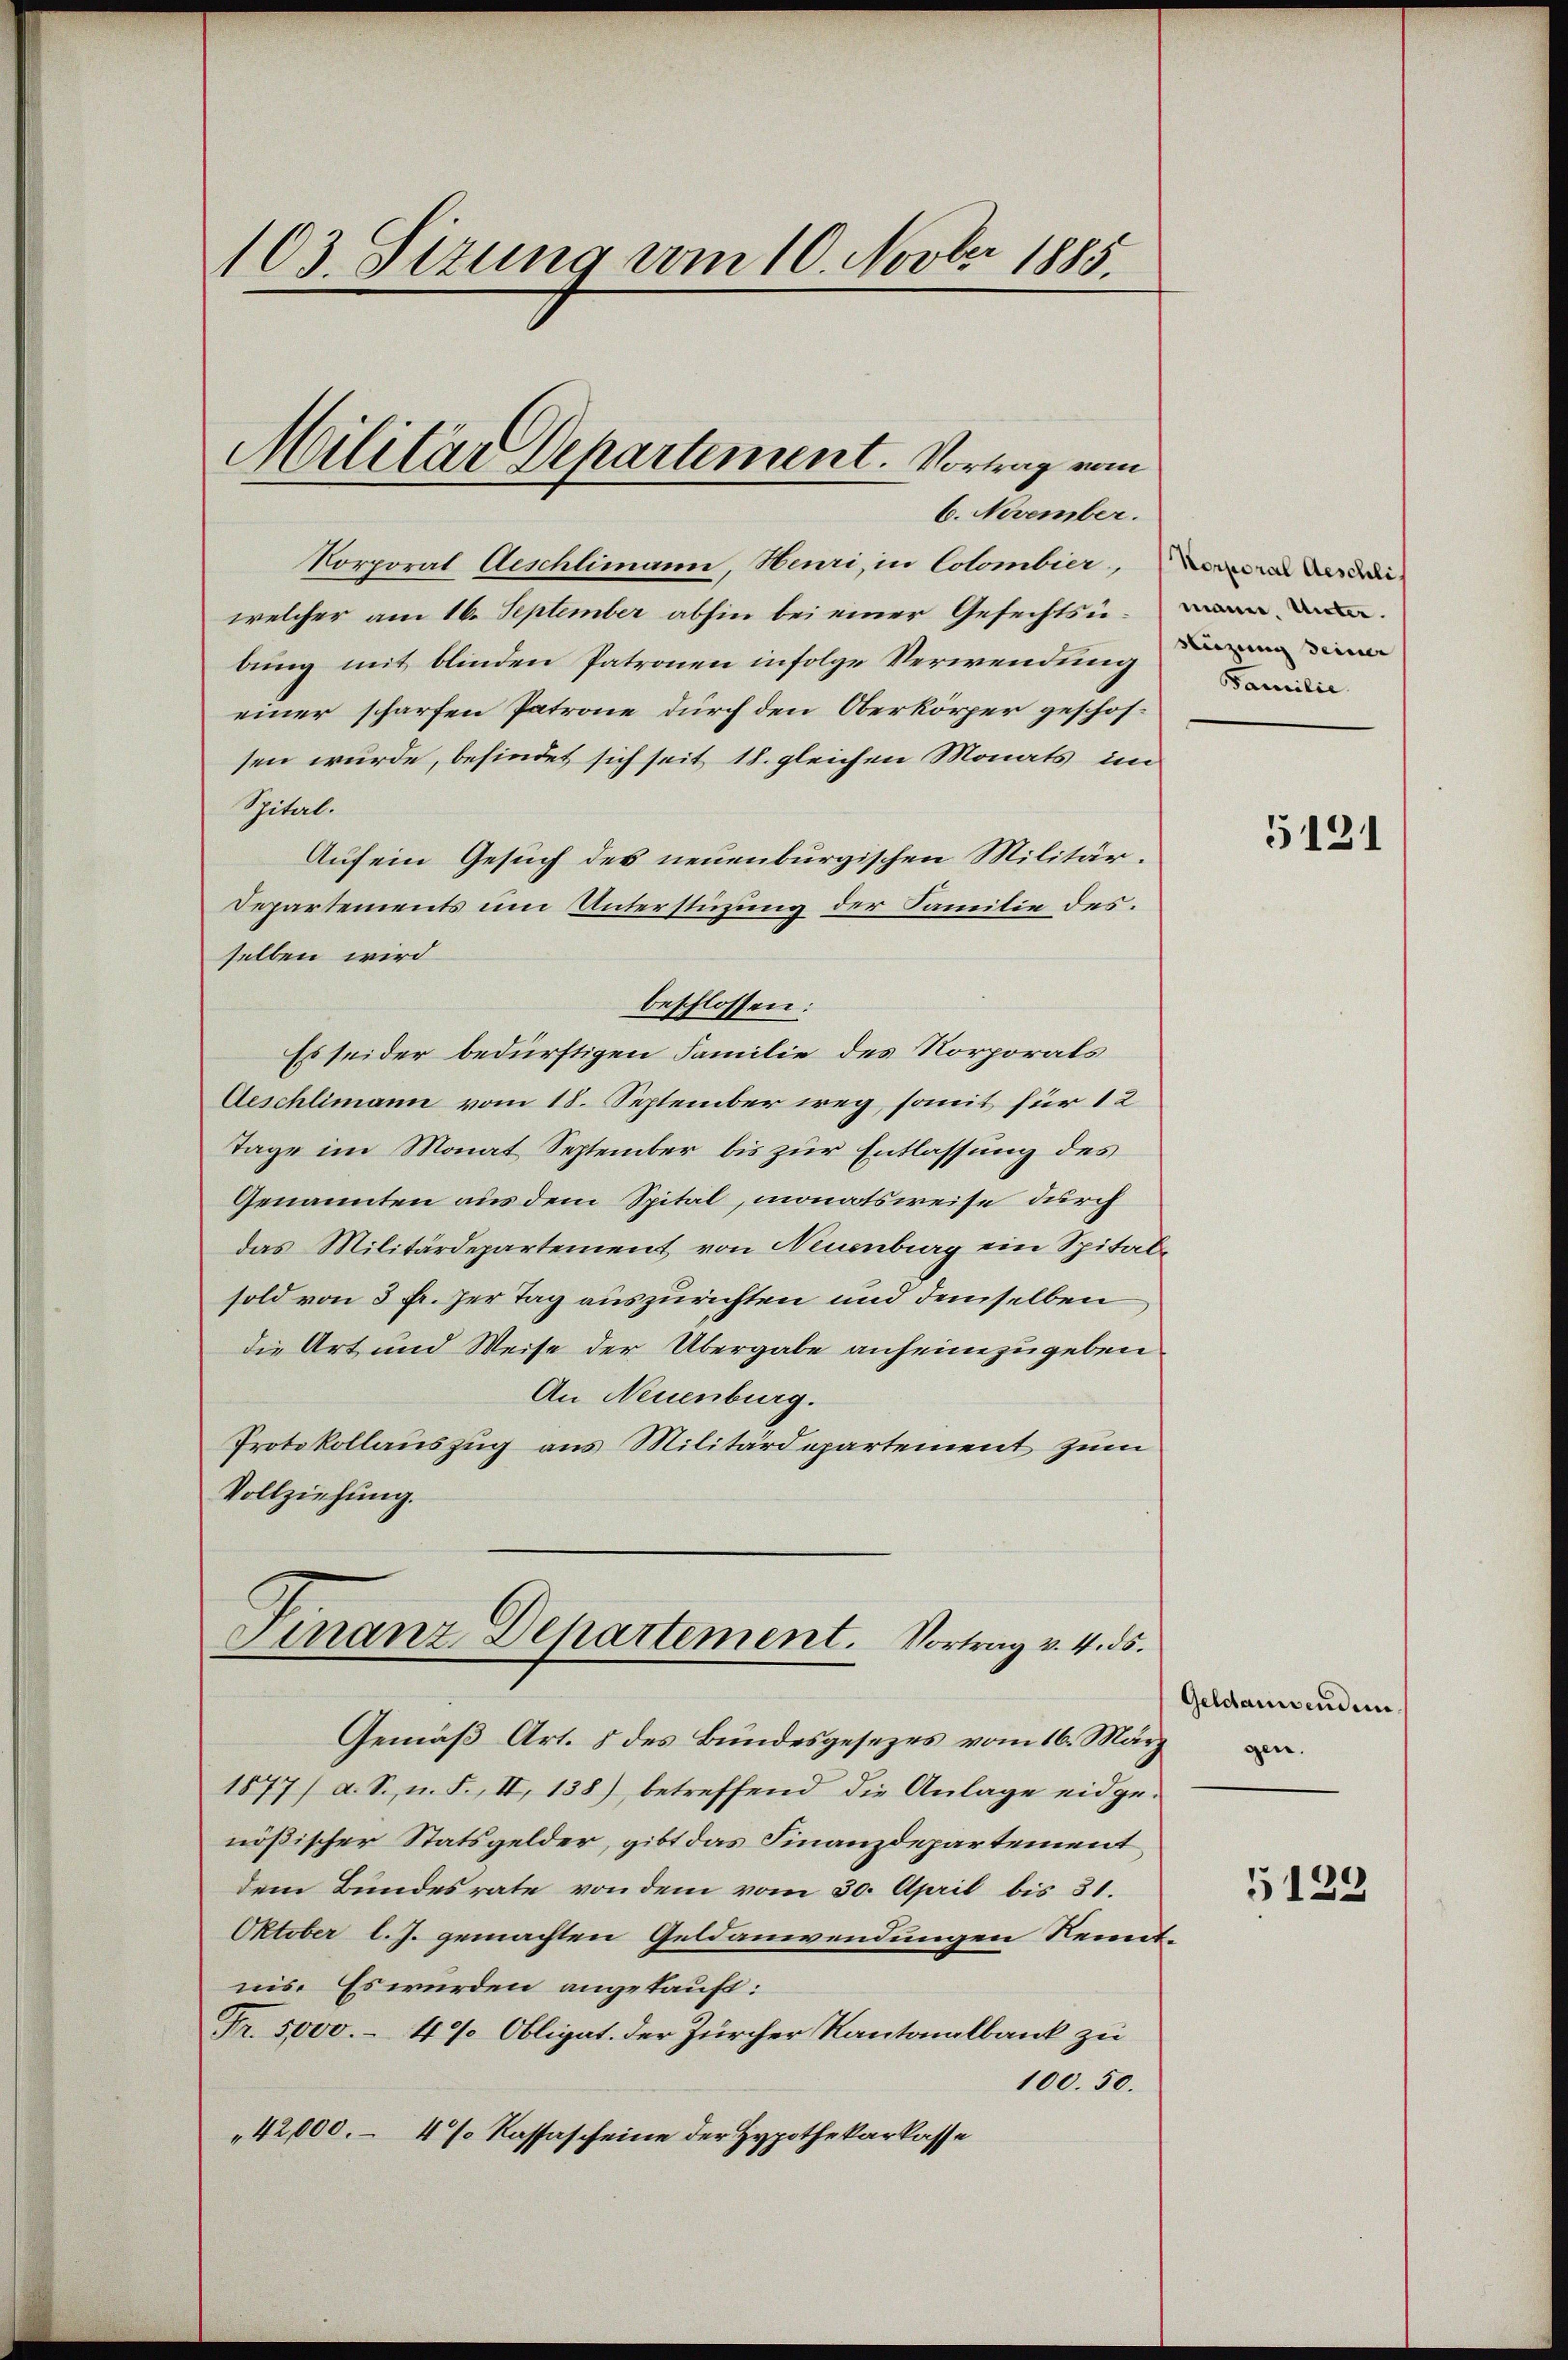
103. Sizung vom 10. Novber 1885

Militär Departement. Vortrag vom
6. November.

Korporat Aeschlimann, Heuri, in Colombier, de
welcher am 16. September abhin bei einer Gefechtsübung mit blinden Patronen infolge Verwendung di
einer scharfen Patrone durch den Oberkörper geschossen wurde, befindet sich seit 18. gleichen Monats im
Spital.
Auf ein Gesuch des neuenburgischen Militär¬
Departements um Unterstüzung der Familie des
selben wird
beschlossen:
Es seider bedürftigen Familie des Norporals
Aeschlimann vom 18. September weg, somit für 12
Tage im Monat September bis zur Entlassung des
Genannten aus dem Spital, monatsweise durch
das Militärdepartement von Neuenburg ein Spitalsold von 3 Fr. her Tag auszurichten und demselben
die Art und Weise der Übergabe anheimzugeben
An Neuenburg.
Protokollauszug aus Militärdepartement zum
Vollziehung.

Finanz-Departement. Vortrag v. 4. ds.

Gemäß Art. 8 des Bundesgesezes vom 16. März
1877) a. S., n. F. II, 138), betreffend die Anlage eidge-
nößischer Statsgelder, gibt das Finanzdepartement
dem Bundesrate von dem vom 30. April bis 31.
Oktober l. J. gemachten Geldanwendungen Kenntnis. Es würden angekauft:
Fr. 5000.- 4% Obligat. der Zürcher Kantonalbank zu
100.50.
42,000. – 4 % Kassascheine der Hypothekarkasse

mann. Unter.
Familie

5121

Geldanwenden.
gen.

5122